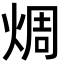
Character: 𪸼